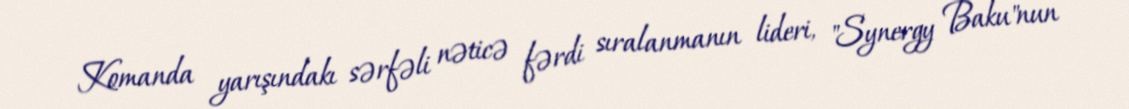
Komanda yarışındakı sərfəli nəticə fərdi sıralanmanın lideri, "Synergy Baku"nun